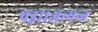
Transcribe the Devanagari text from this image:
पड़ा।अत्यन्त